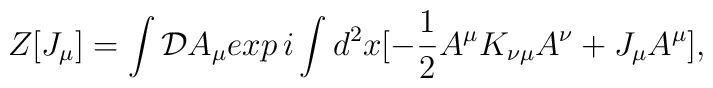
Z [J_\mu] = \int {\cal D} A_\mu exp \,i \int d^2 x [- {1 \over 2} A^\mu K_{\nu \mu} A^\nu + J_\mu A^\mu],